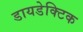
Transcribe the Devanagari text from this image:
डायडेक्टिक